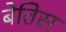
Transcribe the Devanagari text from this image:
बेतिस